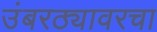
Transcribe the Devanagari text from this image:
उंबरठ्यावरचा